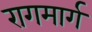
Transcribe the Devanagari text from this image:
रागमार्ग